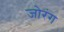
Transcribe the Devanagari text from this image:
जोरंग